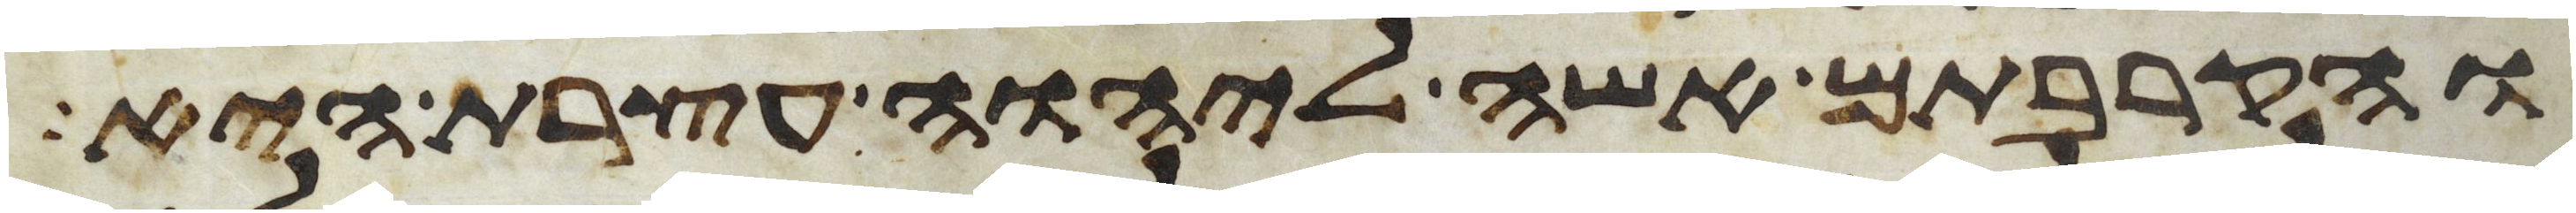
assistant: והקרבתם אשה ליהוה עצרת היא